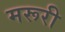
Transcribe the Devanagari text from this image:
मरूरी